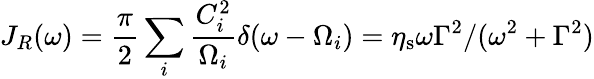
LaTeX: J_{R}(\omega)=\frac{\pi}{2}\sum_{i}\frac{C_{i}^{2}}{\Omega_{i}}\delta(\omega-\Omega_{i})=\eta_{\mathrm{s}}\omega\Gamma^{2}/(\omega^{2}+\Gamma^{2})